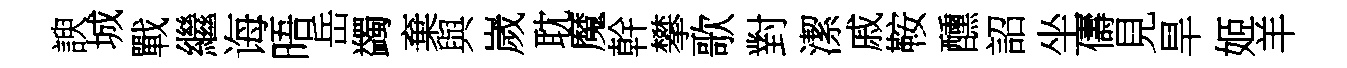
諛城戰繼诲晤岳蠲棄與嵗耽魔幹攀歌對潔戚鞍醺詔坐儔見旱姬羊